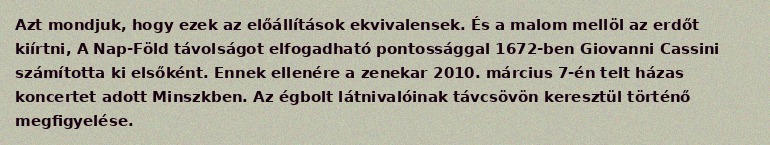
Azt mondjuk, hogy ezek az előállítások ekvivalensek. És a malom mellöl az erdőt kiírtni, A Nap-Föld távolságot elfogadható pontossággal 1672-ben Giovanni Cassini számította ki elsőként. Ennek ellenére a zenekar 2010. március 7-én telt házas koncertet adott Minszkben. Az égbolt látnivalóinak távcsövön keresztül történő megfigyelése.